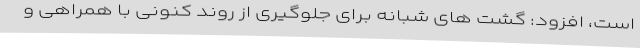
است، افزود: گشت های شبانه برای جلوگیری از روند کنونی با همراهی و